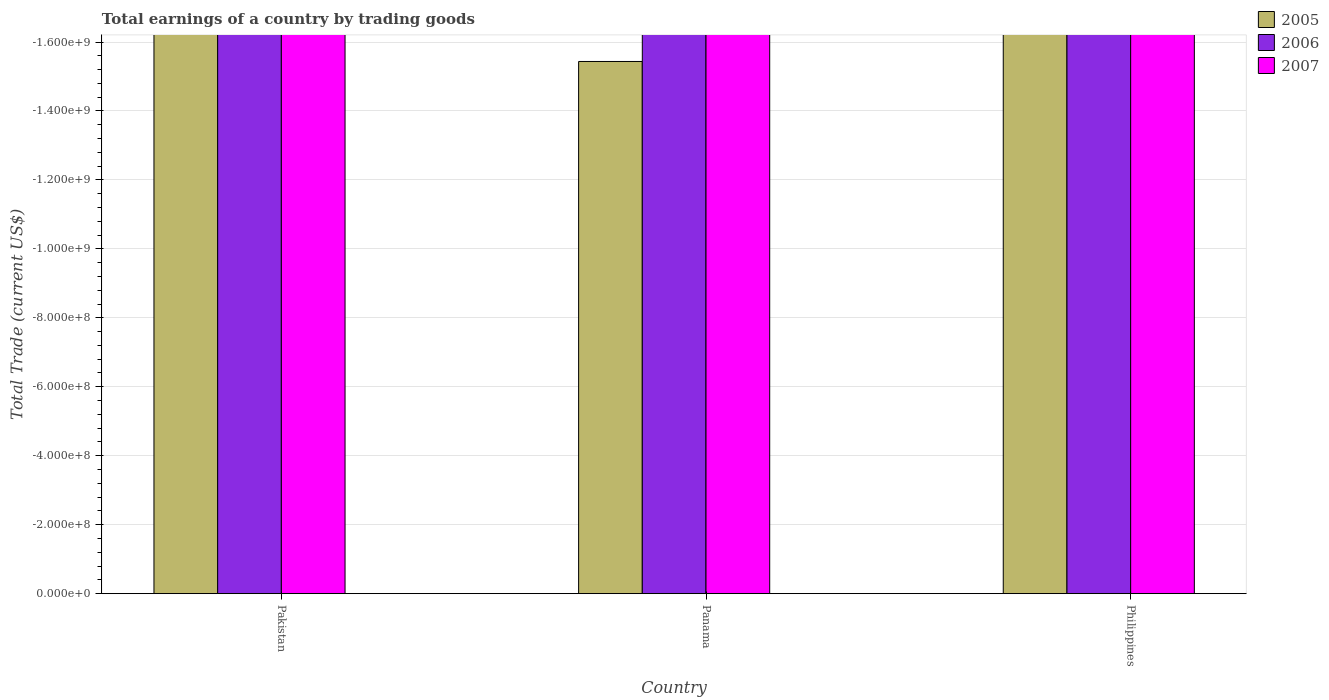
| Country | 2005 | 2006 | 2007 |
 | --- | --- | --- | --- |
 | Pakistan | -6.25e+09 | -9.53e+09 | -1.04e+10 |
 | Panama | -1.54e+09 | -1.72e+09 | -3.16e+09 |
 | Philippines | -1.21e+10 | -1.15e+10 | -1.4e+10 |